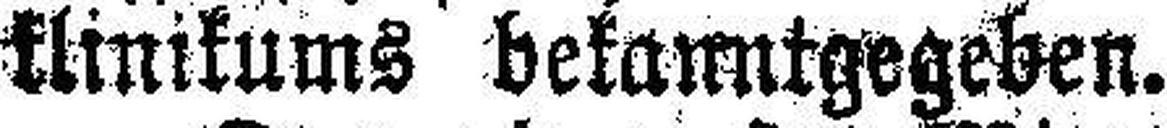
klinikums bekanntgegeben.